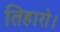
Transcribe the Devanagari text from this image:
तिहारो।